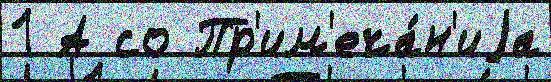
1 А со Пр'им'еча́н'иjа